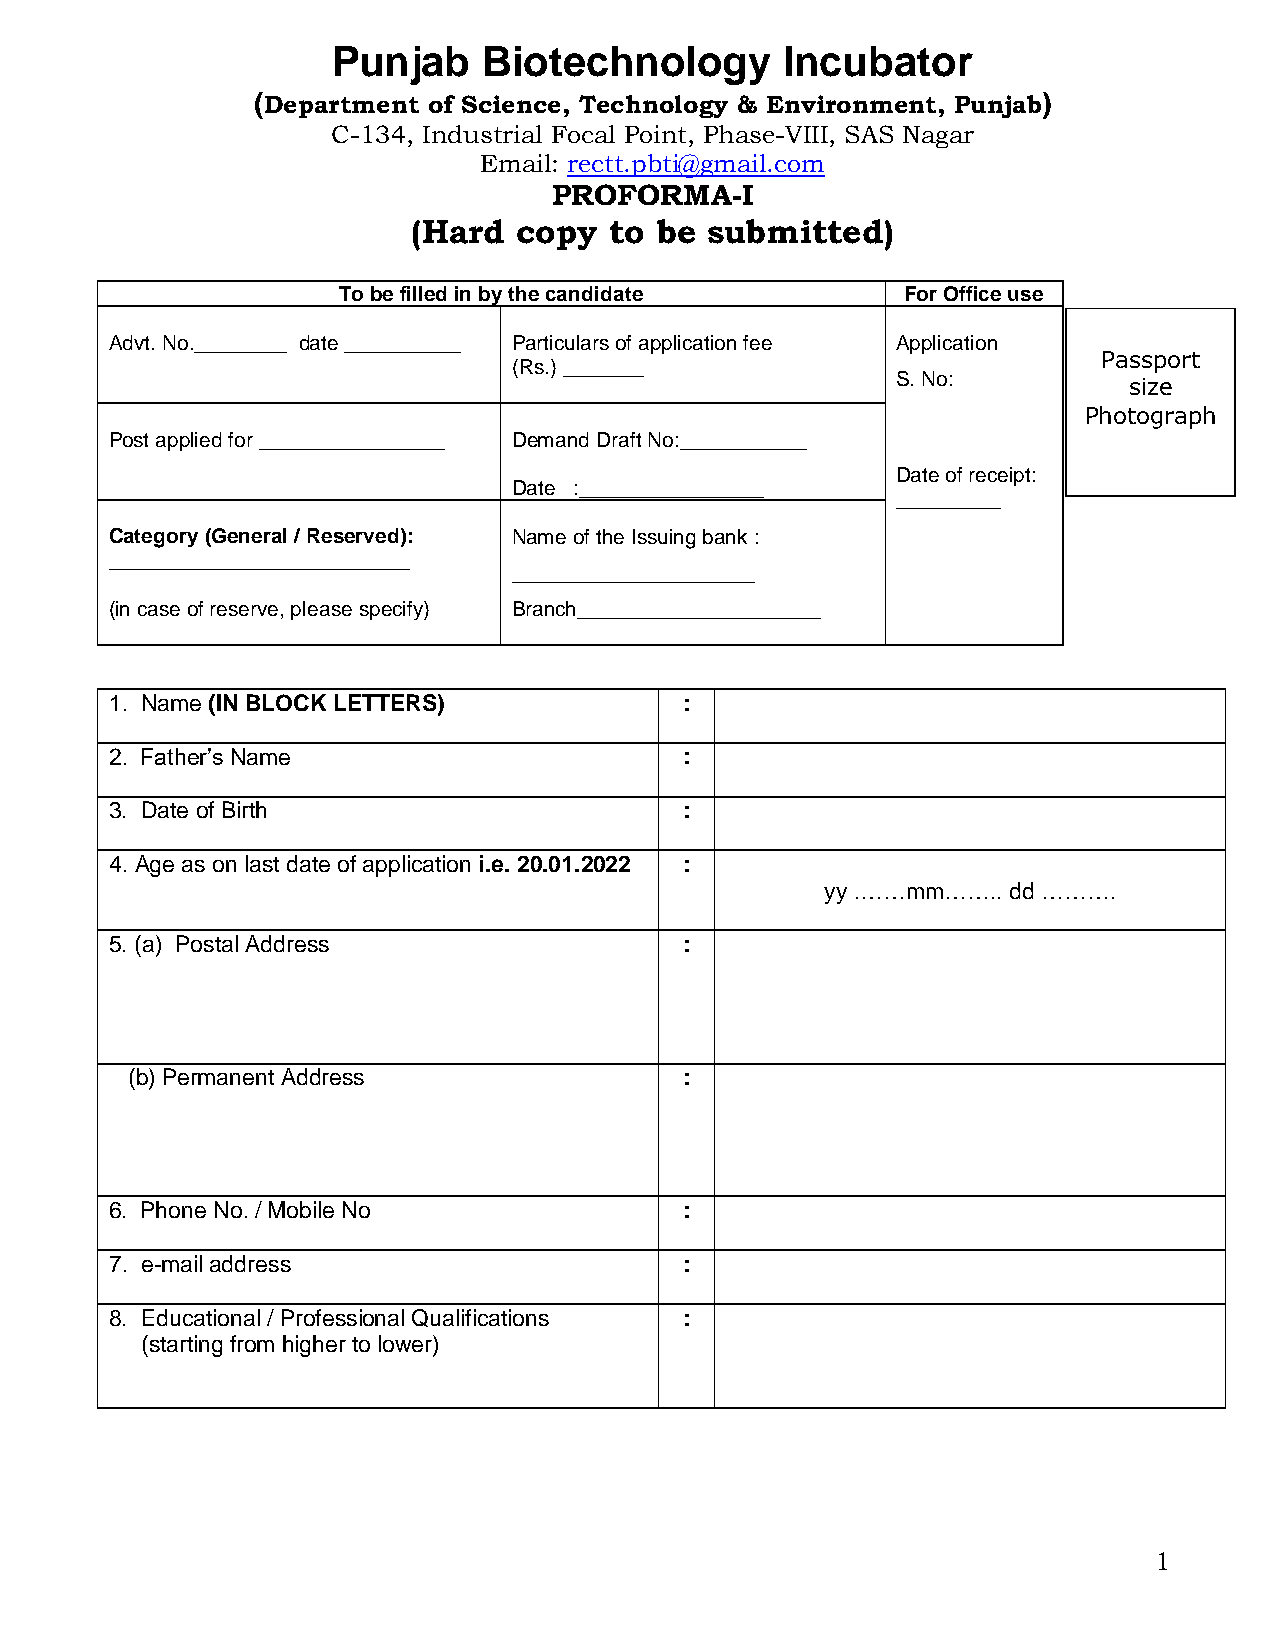
Punjab    Biotechnology       Incubator
 (Department of Science, Technology & Environment, Punjab)
 C-134, Industrial Focal Point, Phase-VIII, SAS Nagar
 Email: rectt.pbti@gmail.com
 PROFORMA-I
 (Hard  copy  to be  submitted)
 To be filled in by the candidate      For Office use
 Advt. No.________ date __________ Particulars of application fee Application
 Passport
 (Rs.) _______
 S. No:
 size
 Photograph
 Post applied for ________________ Demand Draft No:___________
 Date of receipt:
 Date :________________
 _________
 Category (General / Reserved): Name of the Issuing bank :
 __________________________
 _____________________
 (in case of reserve, please specify) Branch_____________________
 1. Name (IN BLOCK LETTERS)            :
 2. Father’s Name                      :
 3. Date of Birth                      :
 4. Age as on last date of application i.e. 20.01.2022 :
 yy .……mm…….. dd ……….
 5. (a) Postal Address                 :
 (b) Permanent Address                :
 6. Phone No. / Mobile No              :
 7. e-mail address                     :
 8. Educational / Professional Qualifications :
 (starting from higher to lower)
 1